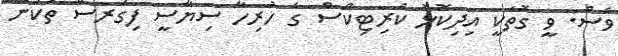
ވެސް. ވީ ގޮތަކީ އިދިކޮޅު ކްރިޓިކްސް ގެ ހުރިހާ ސިޔާސީ ފިގަރސް ތަކުން